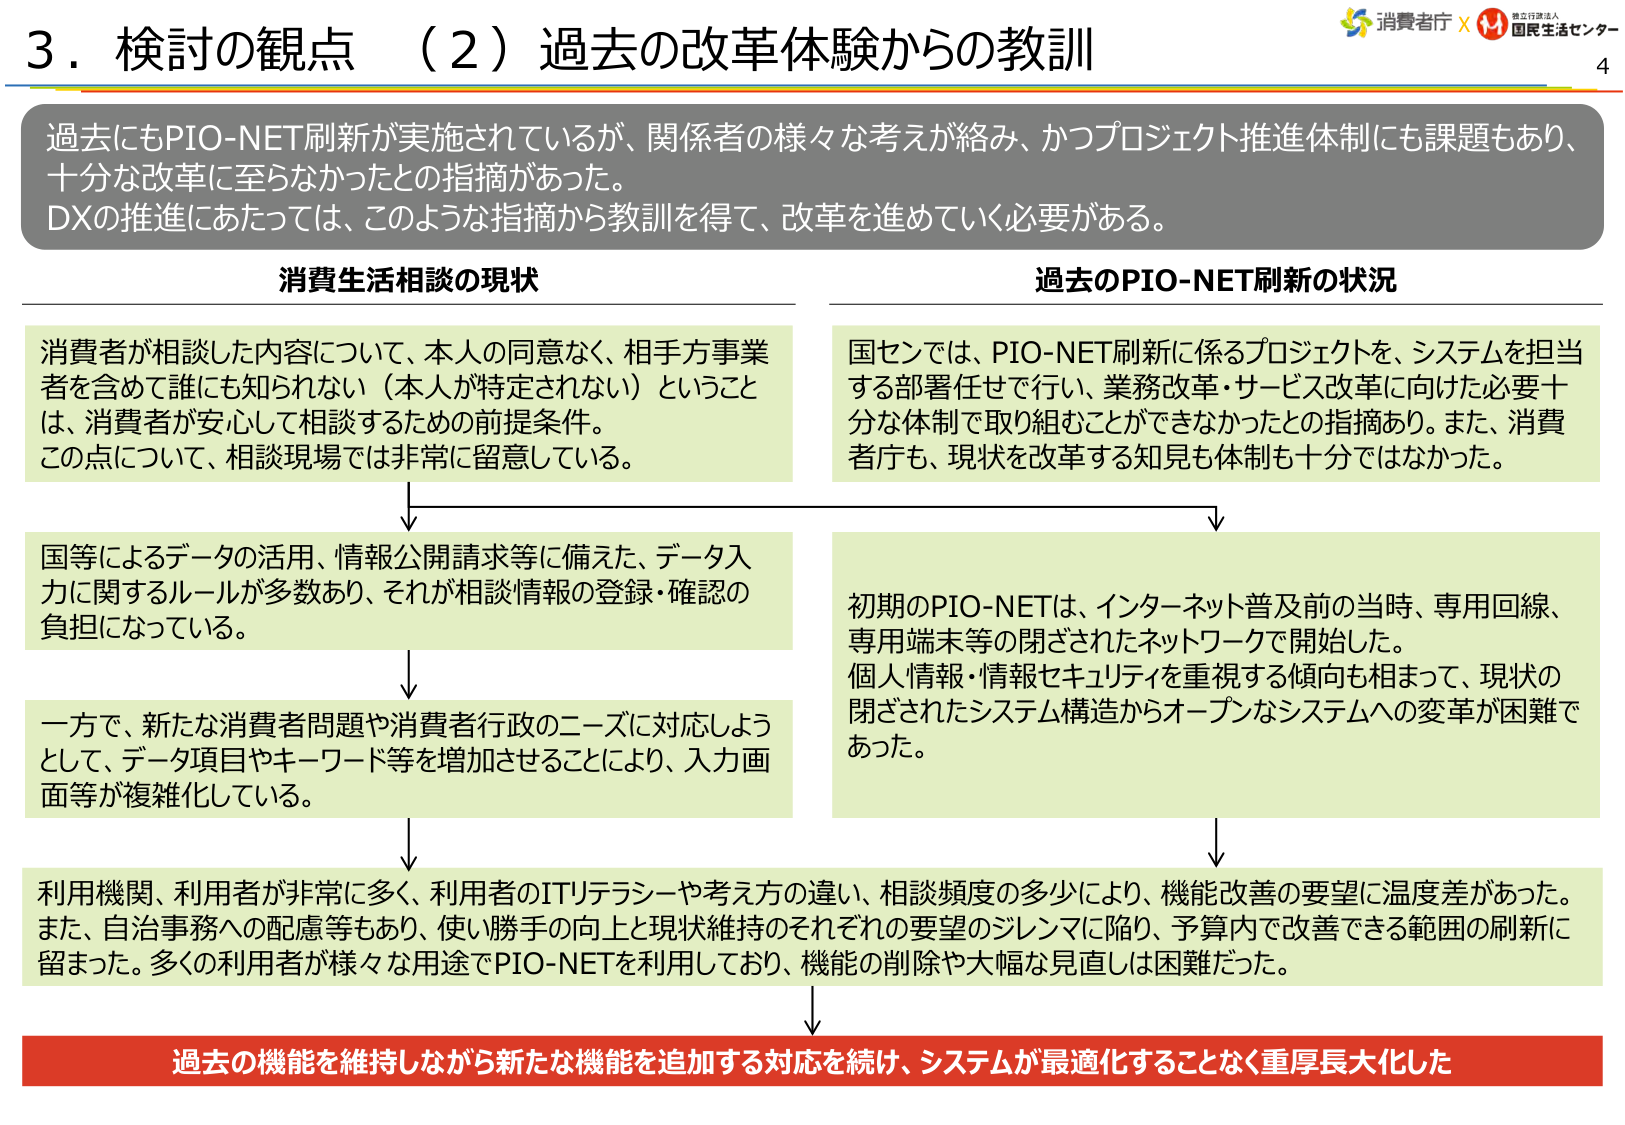
3．検討の観点 （2）過去の改革体験からの教訓

過去にもPIO-NET刷新が実施されているが、関係者の様々な考えが絡み、かつプロジェクト推進体制にも課題もあり、十分な改革に至らなかったとの指摘があった。
DXの推進にあたっては、このような指摘から教訓を得て、改革を進めていく必要がある。

消費生活相談の現状

消費者が相談した内容について、本人の同意なく、相手方事業者を含めて誰にも知られない（本人が特定されない）ということは、消費者が安心して相談するための前提条件。
この点について、相談現場では非常に留意している。

国等によるデータの活用、情報公開請求等に備えた、データ入力に関するルールが多数あり、それが相談情報の登録・確認の負担になっている。

一方で、新たな消費者問題や消費者行政のニーズに対応しようとして、データ項目やキーワード等を増加させることにより、入力画面等が複雑化している。

利用機関、利用者が非常に多く、利用者のITリテラシーや考え方の違い、相談頻度の多少により、機能改善の要望に温度差があった。
また、自治事務への配慮等もあり、使い勝手の向上と現状維持のそれぞれの要望のジレンマに陥り、予算内で改善できる範囲の刷新に留まった。多くの利用者が様々な用途でPIO-NETを利用しており、機能の削除や大幅な見直しは困難だった。

過去のPIO-NET刷新の状況

国センでは、PIO-NET刷新に係るプロジェクトを、システムを担当する部署任せで行い、業務改革・サービス改革に向けた必要十分な体制で取り組むことができなかったとの指摘あり。また、消費者庁も、現状を改革する知見も体制も十分ではなかった。

初期のPIO-NETは、インターネット普及前の当時、専用回線、専用端末等の閉ざされたネットワークで開始した。
個人情報・情報セキュリティを重視する傾向も相まって、現状の閉ざされたシステム構造からオープンなシステムへの変革が困難であった。

過去の機能を維持しながら新たな機能を追加する対応を続け、システムが最適化することなく重厚長大化した

消費者庁 × 独立行政法人 国民生活センター
4